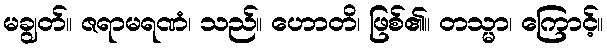
မချွတ်။ ဇရာမရဏံ၊ သည်။ ဟောတိ၊ ဖြစ်၏။ တသ္မာ၊ ကြောင့်။